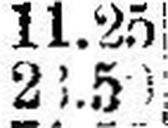
21.50